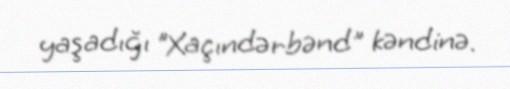
yaşadığı "Xaçındərbənd" kəndinə.